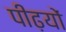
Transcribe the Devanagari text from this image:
पीढ़यों